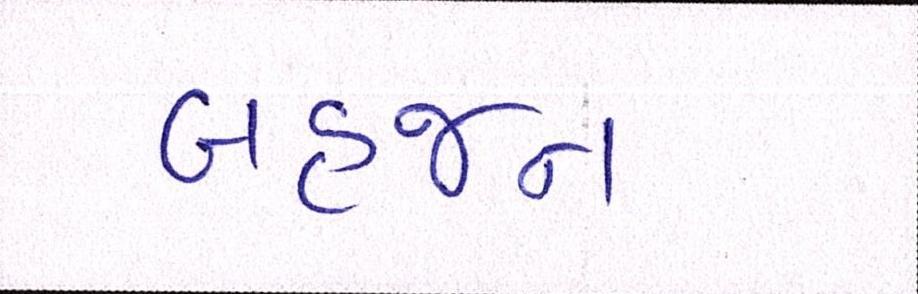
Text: બહજન